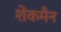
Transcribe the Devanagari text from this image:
शेंकमैन